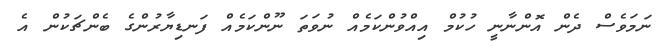
ނަމަވެސް ދެން އޮންނާނީ ހުކުމް އިއްވުންކަމެއް ނުވަތަ ނޫންކަމެއް ފަނޑިޔާރުންގެ ބެންޗަކުން އެ